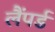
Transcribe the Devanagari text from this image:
लैंपर्ड